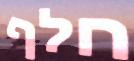
חלף